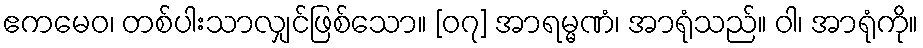
ဧကမေဝ၊ တစ်ပါးသာလျှင်ဖြစ်သော။ [၀၇] အာရမ္မဏံ၊ အာရုံသည်။ ဝါ၊ အာရုံကို။